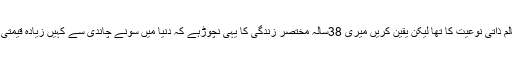
آمین قارئین آج کا کالم ذاتی نوعیت کا تھا لیکن یقین کریں میری 38سالہ مختصر زندگی کا یہی نچوڑہے کہ دنیا میں سونے چاندی سے کہیں زیادہ قیمتی والدین کا رشتہ ہے۔